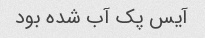
آیس پک آب شده بود